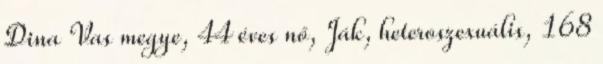
Dina Vas megye, 44 éves nő, Ják, heteroszexuális, 168